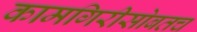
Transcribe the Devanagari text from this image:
कामगिरीसोबतच